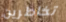
تخاطرين